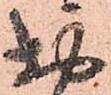
お